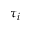
\tau _ { i }